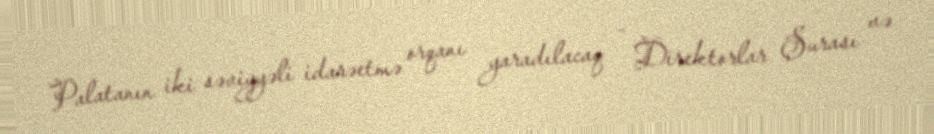
Palatanın iki səviyyəli idarəetmə orqanı yaradılacaq - Direktorlar Şurası və